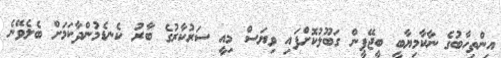
އިންތިހާބުގެ ނާކާމިޔާބީ ބީޖޭޕީން ގަބޫލުކޮށްފައި ވިޔަސް މިއީ ސަރުކާރުގެ ބާރު ކެނޑެމުންދާކަމަށް ބެލެވޭނެ